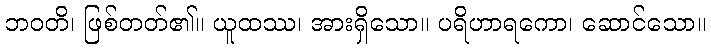
ဘဝတိ၊ ဖြစ်တတ်၏။ ယူထဿ၊ အားရှိသော။ ပရိဟာရကော၊ ဆောင်သော။